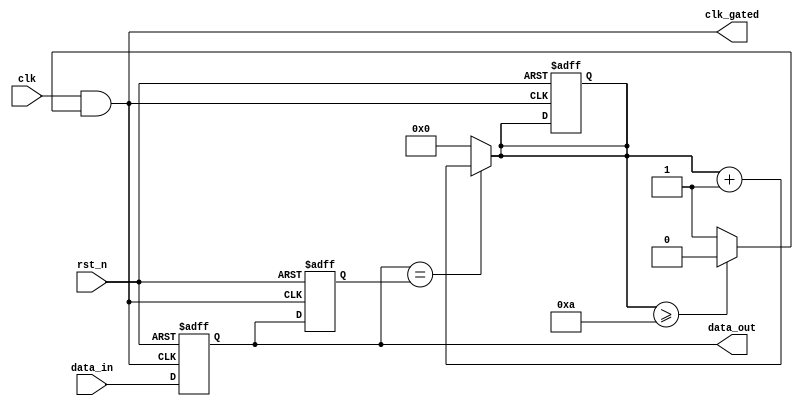
module odcg_memory_block (
    input wire clk,               // Original clock signal
    input wire rst_n,            // Active low reset
    input wire [7:0] data_in,    // Data input
    output reg [7:0] data_out,    // Data output
    output wire clk_gated        // Gated clock output
);

    // Internal signals for clock gating
    reg clk_enable;              // Clock enable signal
    reg [7:0] prev_data_out;     // Previous output data for comparison
    reg [3:0] stable_counter;     // Counter to check for stable output
    parameter STABLE_THRESHOLD = 4'd10; // Threshold for stability check

    // Combinational logic for clock gating
    always @(*) begin
        // Check if output is stable by comparing with the previous output
        if (data_out == prev_data_out) begin
            stable_counter <= stable_counter + 1;
        end else begin
            stable_counter <= 0; // Reset counter if output changes
        end

        // Determine clock enable based on stability
        if (stable_counter >= STABLE_THRESHOLD) begin
            clk_enable = 0; // Disable clock if output is stable for too long
        end else begin
            clk_enable = 1; // Enable clock when output is changing
        end
    end

    // Gated clock signal
    assign clk_gated = clk & clk_enable;

    // Memory block logic
    always @(posedge clk_gated or negedge rst_n) begin
        if (!rst_n) begin
            data_out <= 8'b0; // Reset output
            prev_data_out <= 8'b0; // Reset previous output
            stable_counter <= 0; // Reset stable counter
        end else begin
            // Memory block operation
            data_out <= data_in; // Simple memory write operation
            prev_data_out <= data_out; // Update previous output
        end
    end

endmodule